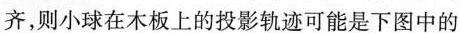
齐，则小球在木板上的投影轨迹可能是下图中的